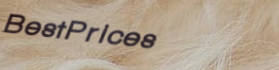
BestPrices